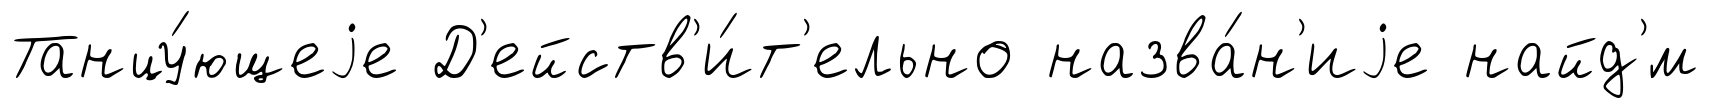
Танцу́ющеjе Д'ейств'и́т'ельно назва́н'иjе найд'́м